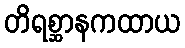
တိရစ္ဆာနကထာယ